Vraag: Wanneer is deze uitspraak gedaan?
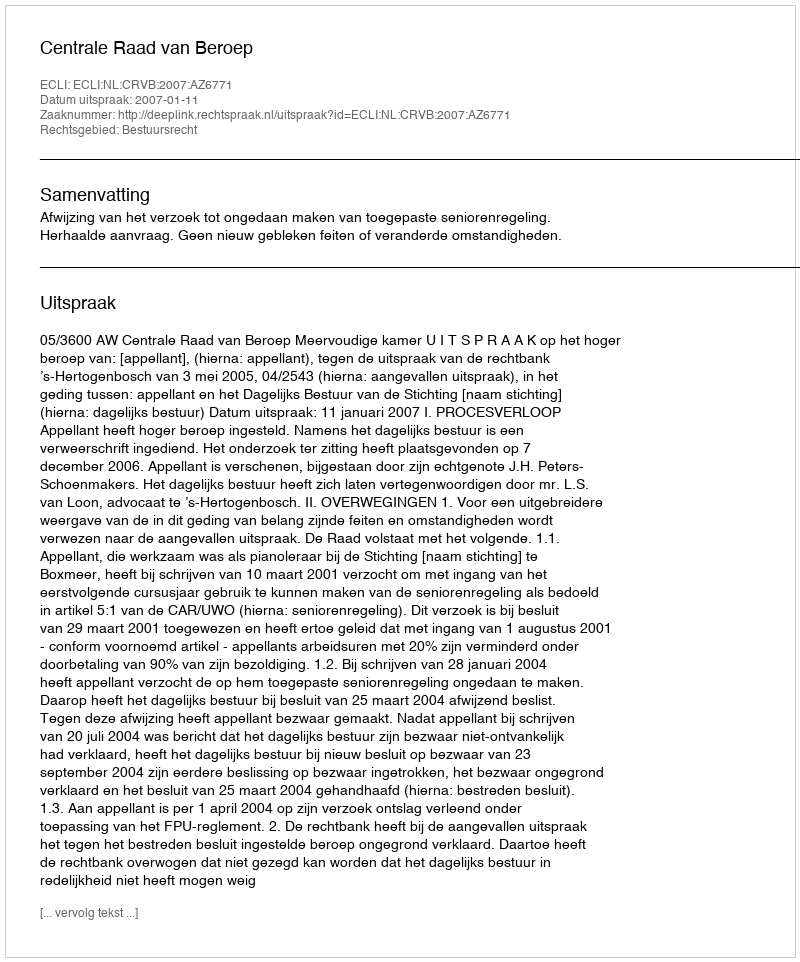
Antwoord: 2007-01-11